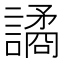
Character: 譎